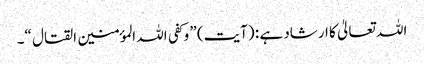
اللہ تعالیٰ کا ارشاد ہے : (آیت) ” وکفی اللہ المؤمنین القتال “۔